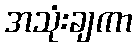
အသုံးချကာ